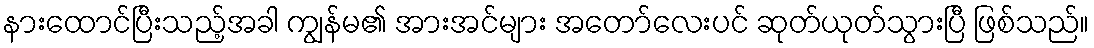
နားထောင်ပြီးသည့်အခါ ကျွန်မ၏ အားအင်များ အတော်လေးပင် ဆုတ်ယုတ်သွားပြီ ဖြစ်သည်။